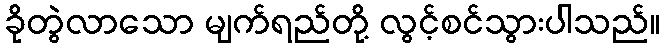
ခိုတွဲလာသော မျက်ရည်တို့ လွင့်စင်သွားပါသည်။